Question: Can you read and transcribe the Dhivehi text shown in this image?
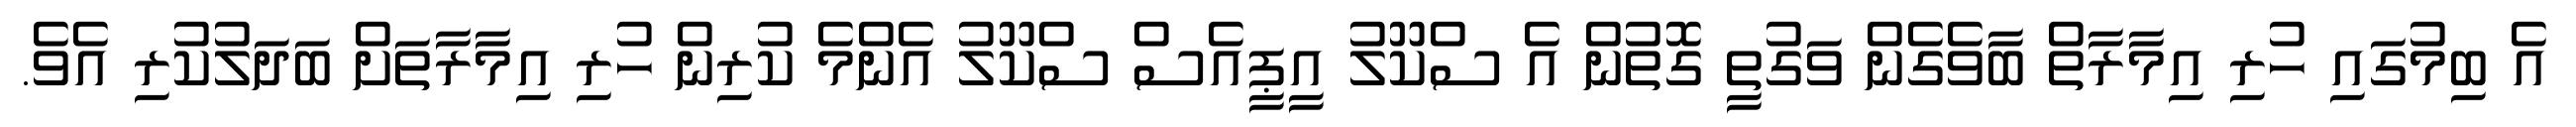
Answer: އެ ބިމުގައި ހުރި އިމާރާތް ބާވެގެން ވަގުތީ ގޮތުން އެ ސްކޫލު އީޕީއެސް ސްކޫލު އެންމެ ކުރިން ހުރި އިމާރާތަށް ބަދަލުކުރި އެވެ.